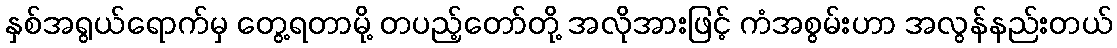
နှစ်အရွယ်ရောက်မှ တွေ့ရတာမို့ တပည့်တော်တို့ အလိုအားဖြင့် ကံအစွမ်းဟာ အလွန်နည်းတယ်